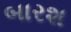
બારશ